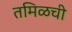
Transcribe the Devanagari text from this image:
तमिळची